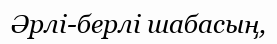
Әрлі-берлі шабасың,